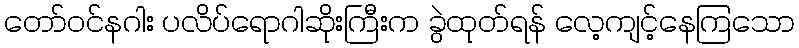
တော်ဝင်နဂါး ပလိပ်ရောဂါဆိုးကြီးက ခွဲထုတ်ရန် လေ့ကျင့်နေကြသော